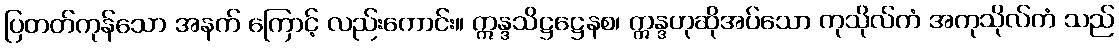
ပြတတ်ကုန်သော အနက် ကြောင့် လည်းကောင်း။ ဣန္ဒသိဋ္ဌဋ္ဌေနစ၊ ဣန္ဒဟုဆိုအပ်သော ကုသိုလ်ကံ အကုသိုလ်ကံ သည်